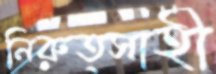
নিরুত্সাহী